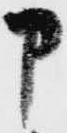
申